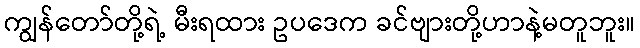
ကျွန်တော်တို့ရဲ့ မီးရထား ဥပဒေက ခင်ဗျားတို့ဟာနဲ့မတူဘူး။